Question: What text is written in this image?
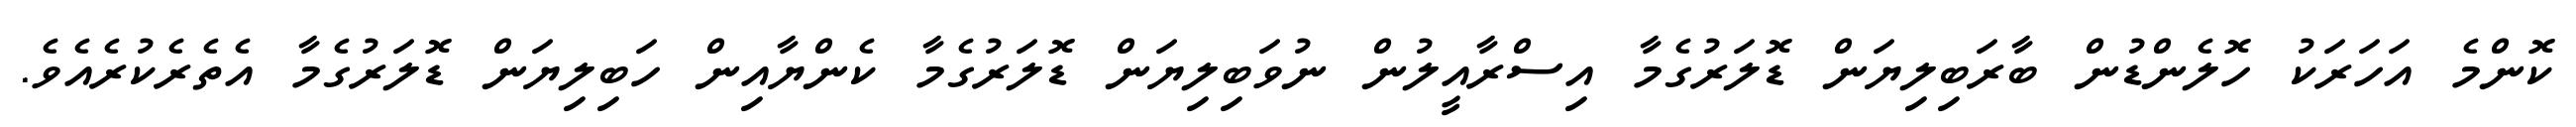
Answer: ކޮންމެ އަހަރަކު ހޮލެންޑުން ބާރަބިލިޔަން ޑޮލަރުގެމާ އިސްރާއީލުން ނުވަބިލިޔަން ޑޮލަރުގެމާ ކެންޔާއިން ހަބިލިޔަން ޑޮލަރުގެމާ އެތެރެކުރެއެވެ.